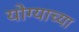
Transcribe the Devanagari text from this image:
योग्याच्या